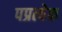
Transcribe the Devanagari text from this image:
पप्रत्येक